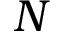
N